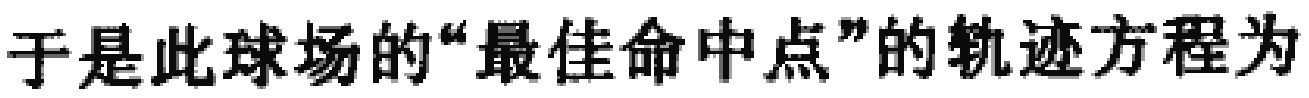
于是此球场的“最佳命中点”的轨迹方程为